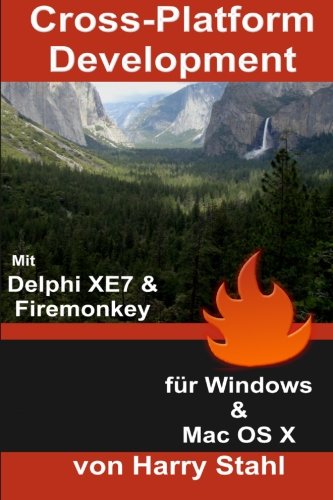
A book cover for Cross-Platform Development mit Delphi XE7 & Firemonkey fÃ¼r Windows & MAC OS X (German Edition); Harry Stahl; Computers & Technology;